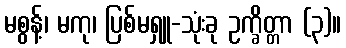
မစွန့်၊ မကု၊ ပြစ်မရှူ-သုံးခု ဥက္ခိတ္တာ (၃)။